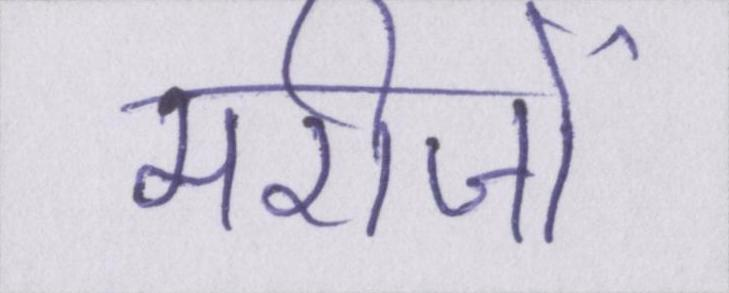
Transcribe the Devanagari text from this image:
मरीजों